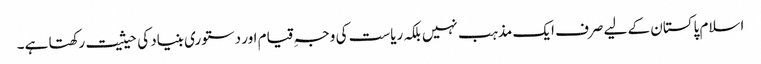
اسلام پاکستان کے لیے صرف ایک مذہب نہیں بلکہ ریاست کی وجہِ قیام اور دستوری بنیاد کی حیثیت رکھتا ہے۔